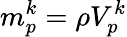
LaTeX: m_{p}^{k}=\rho V_{p}^{k}